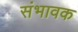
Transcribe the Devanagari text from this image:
संभावक